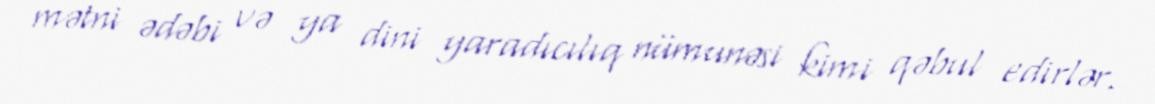
mətni ədəbi və ya dini yaradıcılıq nümunəsi kimi qəbul edirlər.